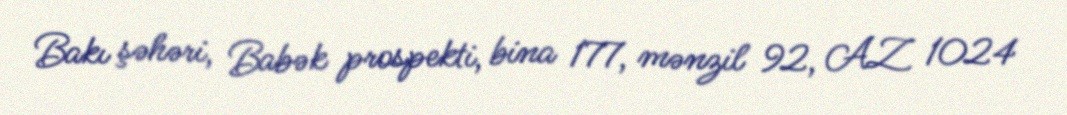
Bakı şəhəri, Babək prospekti, bina 177, mənzil 92, AZ 1024